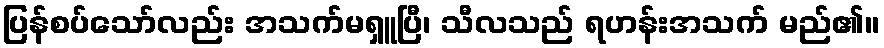
ပြန်စပ်သော်လည်း အသက်မရှူပြီ၊ သီလသည် ရဟန်းအသက် မည်၏။